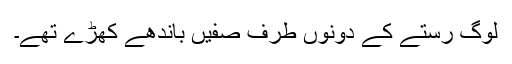
لوگ رستے کے دونوں طرف صفیں باندھے کھڑے تھے۔